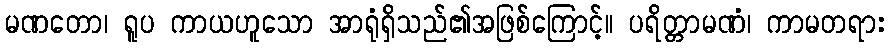
မဏတော၊ ရူပ ကာယဟူသော အာရုံရှိသည်၏အဖြစ်ကြောင့်။ ပရိတ္တာမဏံ၊ ကာမတရား